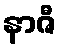
နာဇီ